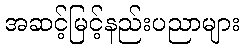
အဆင့်မြင့်နည်းပညာများ